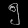
Digit: ၅